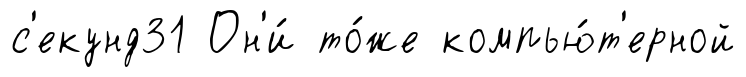
с'екунд31 Он'и́ то́же компью́т'ерной